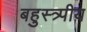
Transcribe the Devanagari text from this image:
बहुस्त्र्पीय